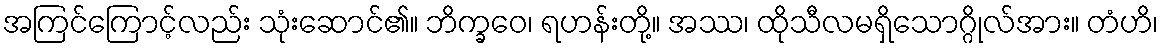
အကြင်ကြောင့်လည်း သုံးဆောင်၏။ ဘိက္ခဝေ၊ ရဟန်းတို့။ အဿ၊ ထိုသီလမရှိသောဂ္ဂိုလ်အား။ တံဟိ၊